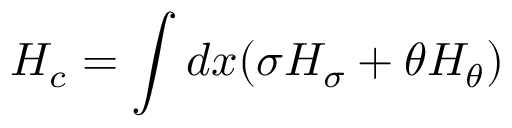
{ \cal H } _ { c } = \int d x ( \sigma { \cal H } _ { \sigma } + \theta { \cal H } _ { \theta } )